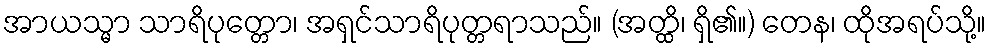
အာယသ္မာ သာရိပုတ္တော၊ အရှင်သာရိပုတ္တရာသည်။ (အတ္ထိ၊ ရှိ၏။) တေန၊ ထိုအရပ်သို့။